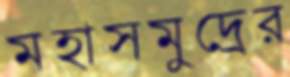
মহাসমুদ্রের